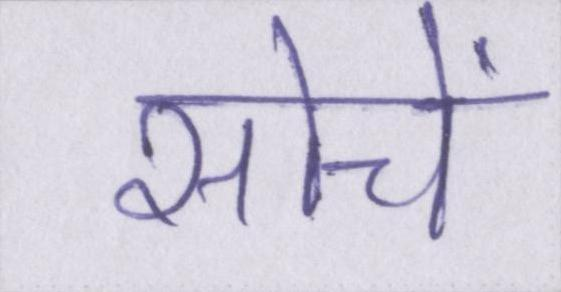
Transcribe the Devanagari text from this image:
सोचें